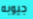
جيوبه